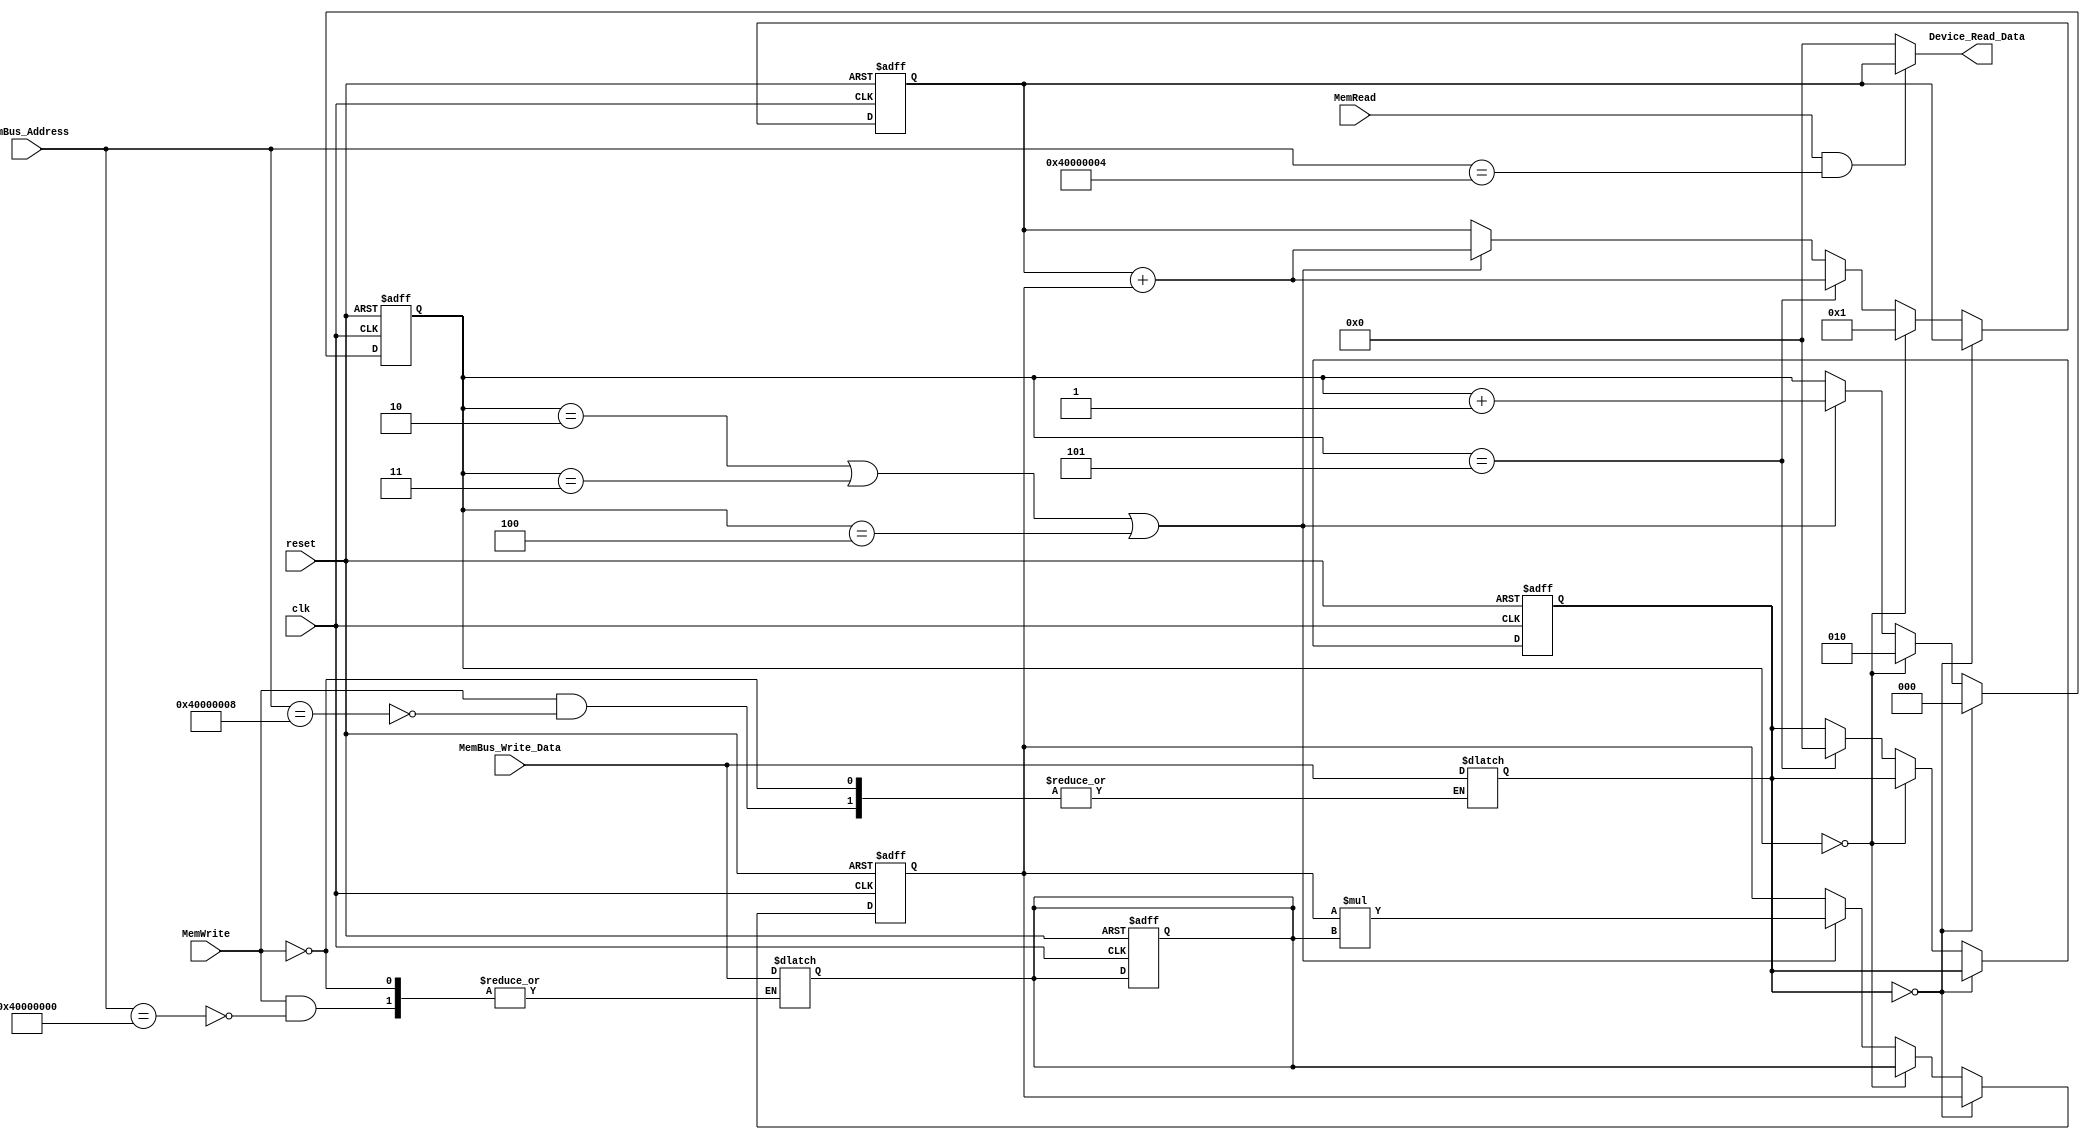
module Device(
	input  reset    , 
	input  clk      , 
	input  MemRead  , 
	input  MemWrite ,
	input  [32 -1:0] MemBus_Address     , 
	input  [32 -1:0] MemBus_Write_Data  , 
	output [32 -1:0] Device_Read_Data
);

	// device registers
	reg [31:0] reg_op;
	reg [31:0] reg_start;
	reg [31:0] reg_ans;

	// -------- Your code below (for question 3) --------
	always @(*)begin
		if(MemWrite)begin 
			if (MemBus_Address == 32'h40000000) reg_op <= MemBus_Write_Data;
			if (MemBus_Address == 32'h40000008) reg_start <= MemBus_Write_Data;
		end
	end

	assign Device_Read_Data = (MemRead & (MemBus_Address == 32'h40000004))? reg_ans : 0;
	
	reg [2:0] cycle;
	reg [31:0] t;

	always @(posedge clk or posedge reset)begin
		if(reset)begin 
			cycle <= 3'b000;
			reg_op <= 32'h00000000;
			reg_start <= 32'h00000000;
			reg_ans <= 32'h00000000;
			t <= 32'h00000000;
		end
		else begin
		if(reg_start == 0) cycle <= 0;
		else 
		begin
			if(cycle == 0)begin
				reg_ans <= 32'h00000001;
				t <= reg_op;
				cycle <= 2;
			end
			else begin
			 if(cycle == 2 | cycle == 3 | cycle == 4)begin
				reg_ans <= reg_ans + t;
				t <= t*reg_op;
				cycle <= cycle + 1;
			end
				if(cycle == 5)begin
					reg_ans <= reg_ans + t;
					reg_start <= 0;
				end
			end
		end
		end
	end


	// -------- Your code above (for question 3) --------

endmodule